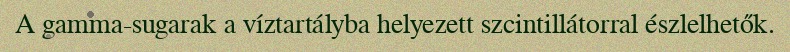
A gamma-sugarak a víztartályba helyezett szcintillátorral észlelhetők.